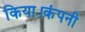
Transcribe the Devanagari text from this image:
किया।कंपनी